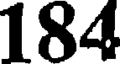
184